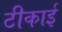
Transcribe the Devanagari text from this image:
टीकाई